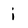
Character: i